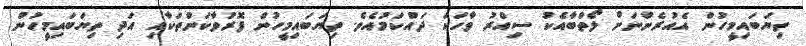
ތިޔަބައިމީހުން އެއުރެންނަށް ލޯތްބާއެކު ސިއްރު ވާހަކަ ދައްކަމުއެވެ. ތިޔަބައިމީހުން ފޮރުވާކަންތަކާއި އަދި ތިޔަބައިމީހުން